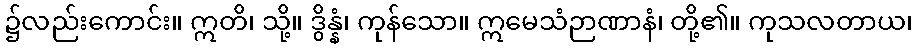
၌လည်းကောင်း။ ဣတိ၊ သို့။ ဒွိန္နံ၊ ကုန်သော။ ဣမေသံဉာဏာနံ၊ တို့၏။ ကုသလတာယ၊